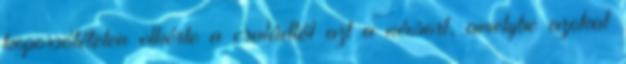
koporsótételen elkérte a családtól azt a névsort, amelybe azokat